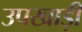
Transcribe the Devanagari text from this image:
उपखाड़ी